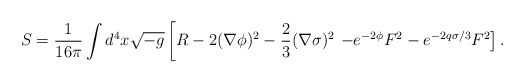
\begin{align*}S =\frac{1}{16\pi} \int d^4 x\sqrt{-g}\left [R-2(\nabla \phi)^2- \frac{2}{3}(\nabla \sigma )^2 \right. \left.-e^{-2\phi}F^2-e^{-2q\sigma/3}F^2 \right ].\end{align*}